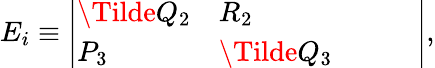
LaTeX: \begin{array}{r}{E_{i}\equiv\left|\begin{array}{lllll}{\Tilde{Q}_{2}}&{R_{2}}&{}&{}&{}\\ {P_{3}}&{\Tilde{Q}_{3}}&{}&{}&{}\end{array}\right|,}\end{array}